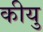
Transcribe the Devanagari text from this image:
कीयु